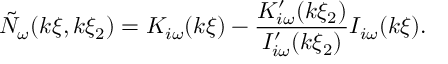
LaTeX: \tilde { N } _ { \omega } ( k \xi , k \xi _ { 2 } ) = K _ { i \omega } ( k \xi ) - \frac { K _ { i \omega } ^ { \prime } ( k \xi _ { 2 } ) } { I _ { i \omega } ^ { \prime } ( k \xi _ { 2 } ) } I _ { i \omega } ( k \xi ) .